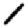
Digit: 1